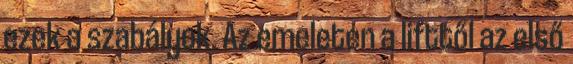
ezek a szabályok. Az emeleten a lifttől az első